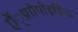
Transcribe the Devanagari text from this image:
ऐं्थ्राोपोइडिया